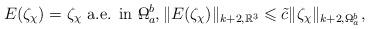
LaTeX: \begin{align*}E(\zeta_\chi)=\zeta_\chi\mbox{ a.e. in }\Omega_a^b\!\!\!\!\!\!\!-\ , \|E(\zeta_\chi)\|_{{k+2},\mathbb{R}^3}\leqslant\tilde{c}\|\zeta_\chi\|_{k+2,\Omega_a^b\!\!\!\!\!\!\!-\ }, \end{align*}